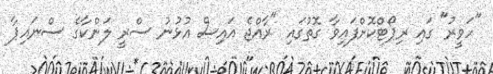
"ހަވީރު" ގައި ރިޕޯޓްކޮށްފައިވާ ގޮތުގައި "ރާއްޖެ އައިސް އުޅުނު ސްރީ ލަންކާގެ ސްނައިޕާ